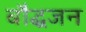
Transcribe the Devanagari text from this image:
बौद्धजन